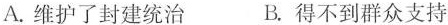
A.维护了封建统治 B.得不到群众支持